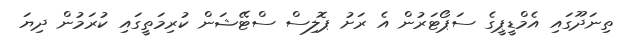
ތިނަދޫގައި އެމްޑީޕީގެ ސަޕޯޓަރުން އެ ރަށު ޕޮލިސް ސްޓޭޝަން ކުރިމަތީގައި ކުރަމުން ދިޔަ